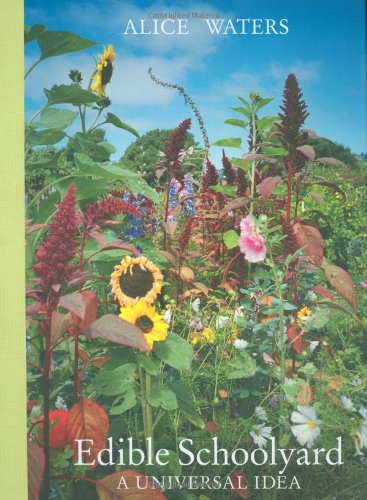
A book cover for Edible Schoolyard: A Universal Idea; Alice Waters; Cookbooks, Food & Wine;